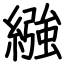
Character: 繈